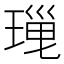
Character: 𤧜